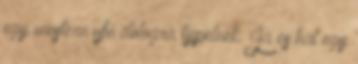
egy western ufó dologra tippelnek. Ja es hat egy